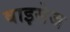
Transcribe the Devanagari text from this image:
वाइसेज